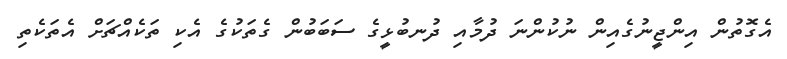
އެގޮތުން އިންޖީނުގެއިން ނުކުންނަ ދުމާއި ދުނބުޅީގެ ސަބަބުން ގެތަކުގެ އެކި ތަކެއްޗަށް އެތަކެތި